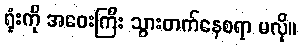
ရုံးကို အဝေးကြီး သွားတက်နေစရာ မလို။